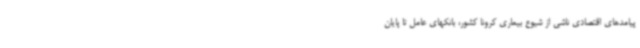
پیامدهای اقتصادی ناشی از شیوع بیماری کرونا کشور، بانکهای عامل تا پایان